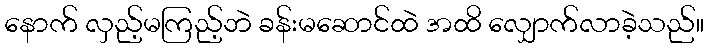
နောက် လှည့်မကြည့်ဘဲ ခန်းမဆောင်ထဲ အထိ လျှောက်လာခဲ့သည်။